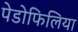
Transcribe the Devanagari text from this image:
पेडोफिलिया